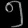
Digit: ၅